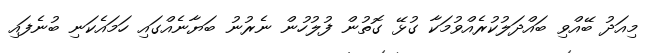
މިއަދު ބޭއްވި ބައްދަލުކުރެއްވުމަކާ ގުޅޭ ގޮތުން ފުލުހުން ނެރުނު ބަޔާނެއްގައި ހަމައެކަނި ބުނެފައި